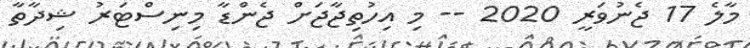
މާލެ 17 ޖެނުވަރީ 2020 -- މި އިހުތިޖާޖަށް ޖެންޑާ މިނިސްޓަރު ޝިދާތާ